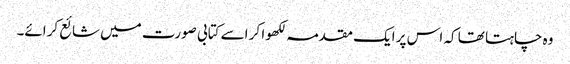
وہ چاہتا تھا کہ اس پر ایک مقدمہ لکھوا کر اسے کتابی صورت میں شائع کرائے۔